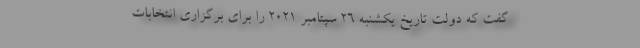
گفت که دولت تاریخ یکشنبه ۲۶ سپتامبر ۲۰۲۱ را برای برگزاری انتخابات